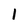
Character: l